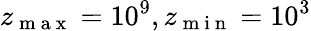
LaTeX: z_{\mathrm{~m~a~x~}}=10^{9},z_{\mathrm{~m~i~n~}}=10^{3}